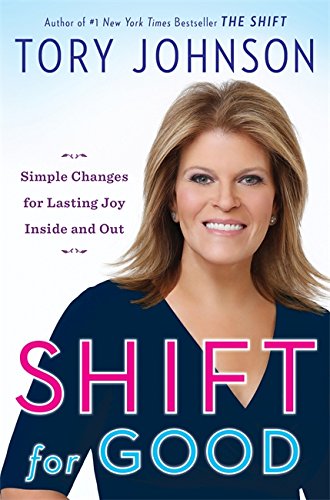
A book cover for Shift for Good: Simple Changes for Lasting Joy Inside and Out; Tory Johnson; Health, Fitness & Dieting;